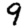
Digit: 9